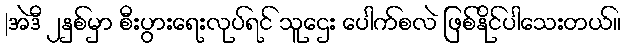
|အဲဒီ ၂နှစ်မှာ စီးပွားရေးလုပ်ရင် သူဌေး ပေါက်စလဲ ဖြစ်နိုင်ပါသေးတယ်။